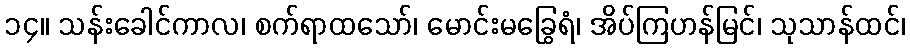
၁၄။ သန်းခေါင်ကာလ၊ စက်ရာထသော်၊ မောင်းမခြွေရံ၊ အိပ်ကြဟန်မြင်၊ သုသာန်ထင်၊